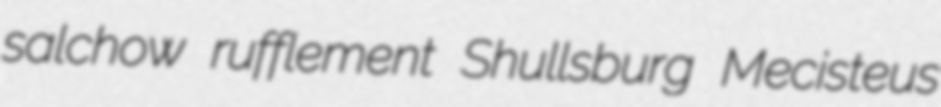
salchow rufflement Shullsburg Mecisteus